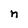
Character: n